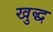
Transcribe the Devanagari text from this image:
खुद्ध